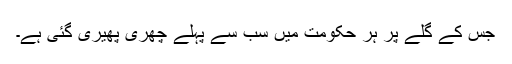
جس کے گلے پر ہر حکومت میں سب سے پہلے چھری پھیری گئی ہے۔